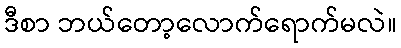
ဒီစာ ဘယ်တော့လောက်ရောက်မလဲ။